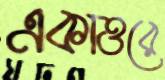
একাত্তরে